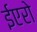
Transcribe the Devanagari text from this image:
ईएरो